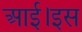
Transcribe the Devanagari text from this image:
आई।इस